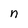
Character: n